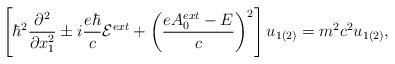
LaTeX: \begin{align*}\left[ {\hbar}^2 \frac{{\partial}^2}{{\partial}x_1^2} \pm i \frac{e{\hbar}}{c}{\cal E}^{ext} + \left(\frac{eA_0^{ext}-E}{c}\right)^2 \right]u_{1(2)}=m^2c^2u_{1(2)},\end{align*}